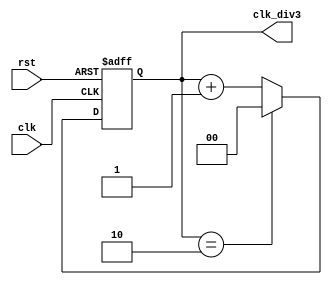
`timescale 1ns / 1ps



module clk_divide_by_3(clk,rst,clk_div3);
input clk,rst;
output [1:0] clk_div3;
reg  [1:0]cnt;
always@(posedge clk or posedge rst) begin
if(rst) begin
cnt<= 0;
end
else begin
if(cnt == 2'd2)
cnt<=0;
else
cnt <= cnt+1;
end
end 
assign clk_div3 = cnt;




endmodule